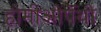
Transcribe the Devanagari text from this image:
होमीओपॅथी